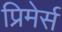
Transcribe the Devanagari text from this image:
प्रिमेर्स